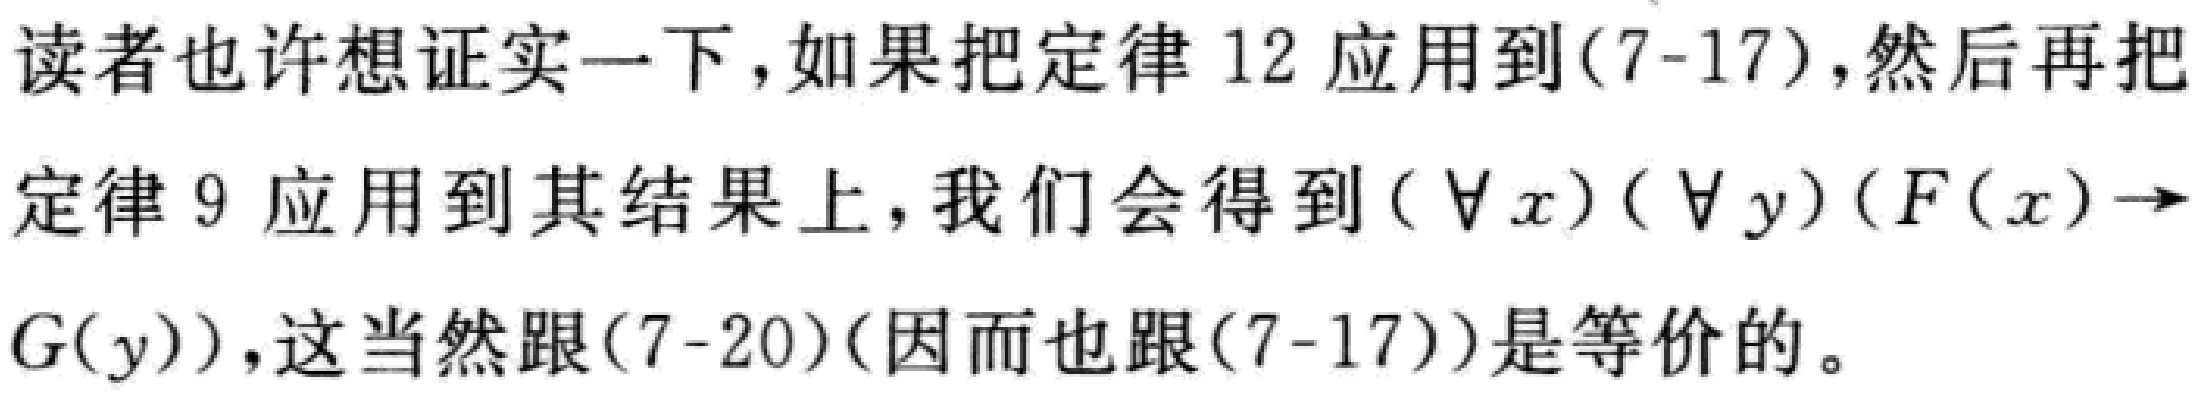
读者也许想证实一下，如果把定律 12 应用到(7-17)，然后再把
定律 9 应用到其结果上，我们会得到$(\forall x)(\forall y)(F(x)\to
G(y))$，这当然跟(7-20)(因而也跟(7-17))是等价的。